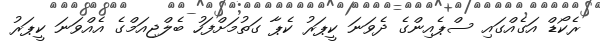
ރެކޯޑް އަގެއްގައި ސްޕެއިންގެ ދެވަނަ ކީޕަރު ކެޕާ ގަތުމަށްފަހު ބެލްޖިއަމްގެ އެއްވަނަ ކީޕަރު